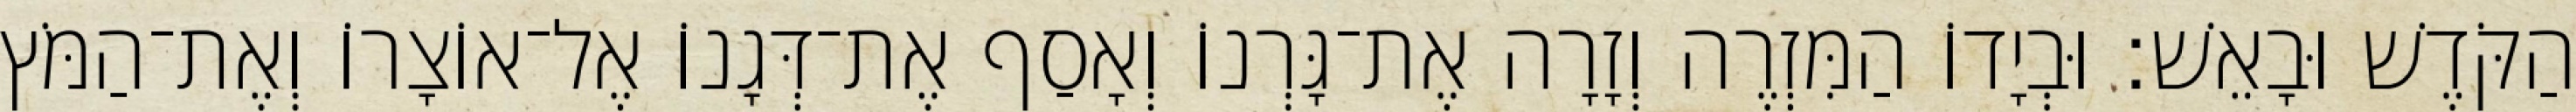
הַקֹּדֶשׁ וּבָאֵשׁ׃ וּבְיָדוֹ הַמִּזְרֶה וְזָרָה אֶת־גָּרְנוֹ וְאָסַף אֶת־דְּגָנוֹ אֶל־אוֹצָרוֹ וְאֶת־הַמֹּץ